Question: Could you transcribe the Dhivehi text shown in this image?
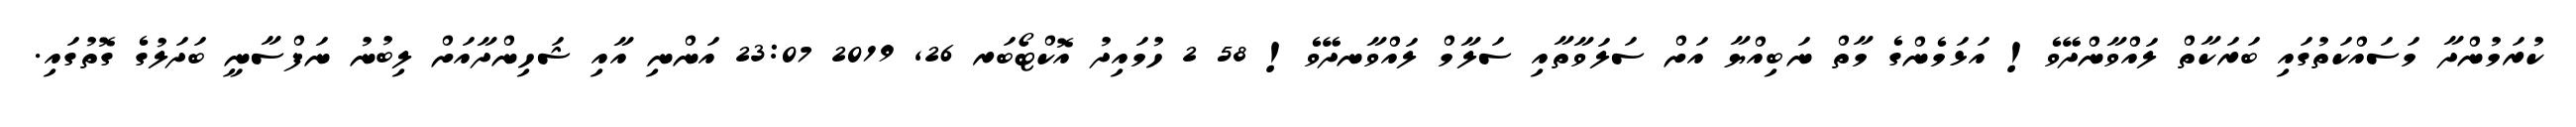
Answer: ކުރަމުންދާ މަސައްކަތުގައި ބަރަކާތް ލައްވާންދޭވެ! އަޅަމެންގެ މާތް ނަބިއްޔާ އަށް ސަލަވާތާއި ސަލާމް ލައްވާނދޭވެ! 58 2 ހުމައިދު އޮކްޓޯބަރ 26, 2019 23:07 އަންނި އާއި ޝަހިންދާއަށް ލިބުނު ނަފްސާނީ ބަދަލުގެ ގޮތުގައި.